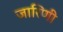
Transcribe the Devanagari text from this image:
जारिणी